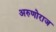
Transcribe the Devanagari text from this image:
अरुणोराज